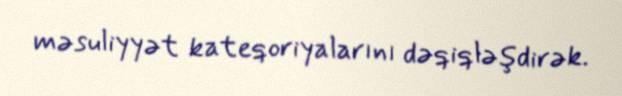
məsuliyyət kateqoriyalarını dəqiqləşdirək.